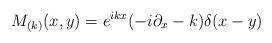
LaTeX: \begin{align*}M_{(k)}(x,y)=e^{ikx}(-i\partial _{x}-k)\delta (x-y)\end{align*}